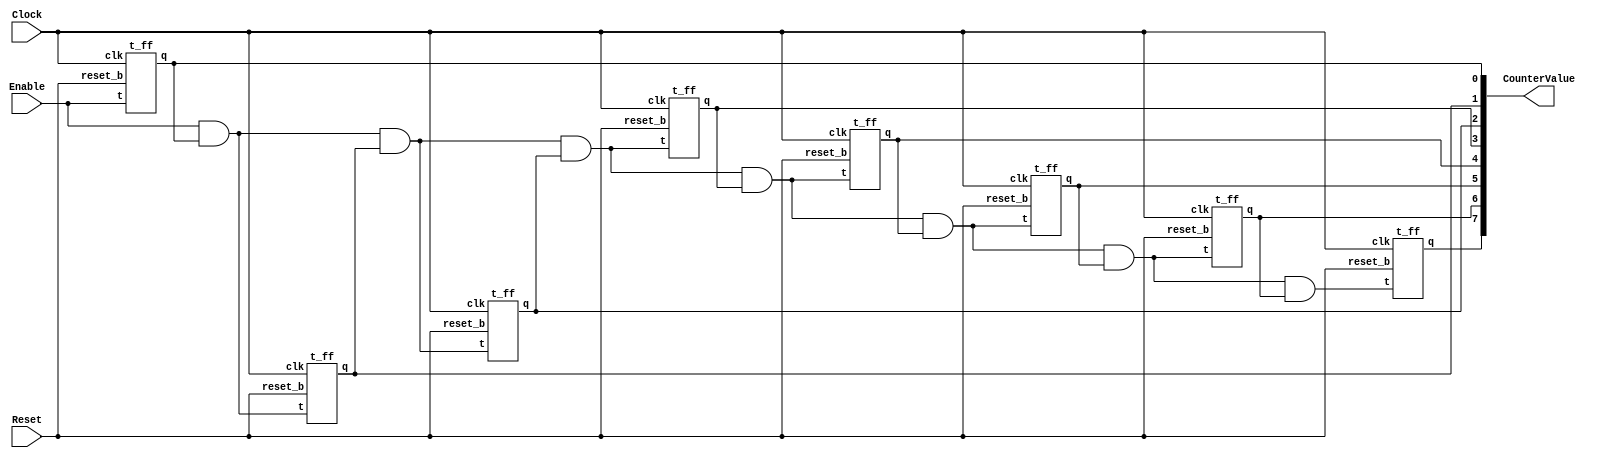
`timescale 1ns / 1ns // `timescale time_unit/time_precisio

module part1 (
	input Clock,
	input Enable,
	input Reset,
	output [7:0] CounterValue
);

	wire a1, a2, a3, a4, a5, a6, a7;

	t_ff t0(Clock, Reset, Enable, CounterValue[0]);	
	assign a1 = Enable & CounterValue[0];
	t_ff t1(Clock, Reset, a1, CounterValue[1]);
	assign a2 = a1 & CounterValue[1];
	t_ff t2(Clock, Reset, a2, CounterValue[2]);
	assign a3 = a2 & CounterValue[2];
	t_ff t3(Clock, Reset, a3, CounterValue[3]);
	assign a4 = a3 & CounterValue[3];
	t_ff t4(Clock, Reset, a4, CounterValue[4]);
	assign a5 = a4 & CounterValue[4];
	t_ff t5(Clock, Reset, a5, CounterValue[5]);
	assign a6 = a5 & CounterValue[5];
	t_ff t6(Clock, Reset, a6, CounterValue[6]);
	assign a7 = a6 & CounterValue[6];
	t_ff t7(Clock, Reset, a7, CounterValue[7]);
	
endmodule

module t_ff(input clk, input reset_b, input t, output reg q);
	
	always@(posedge clk)
	begin
		if (reset_b)
			q <= 1'b0;
		else
			q <= t^q;
	end
endmodule